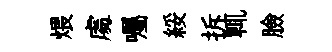
煨䖏囑綏拆輒臉